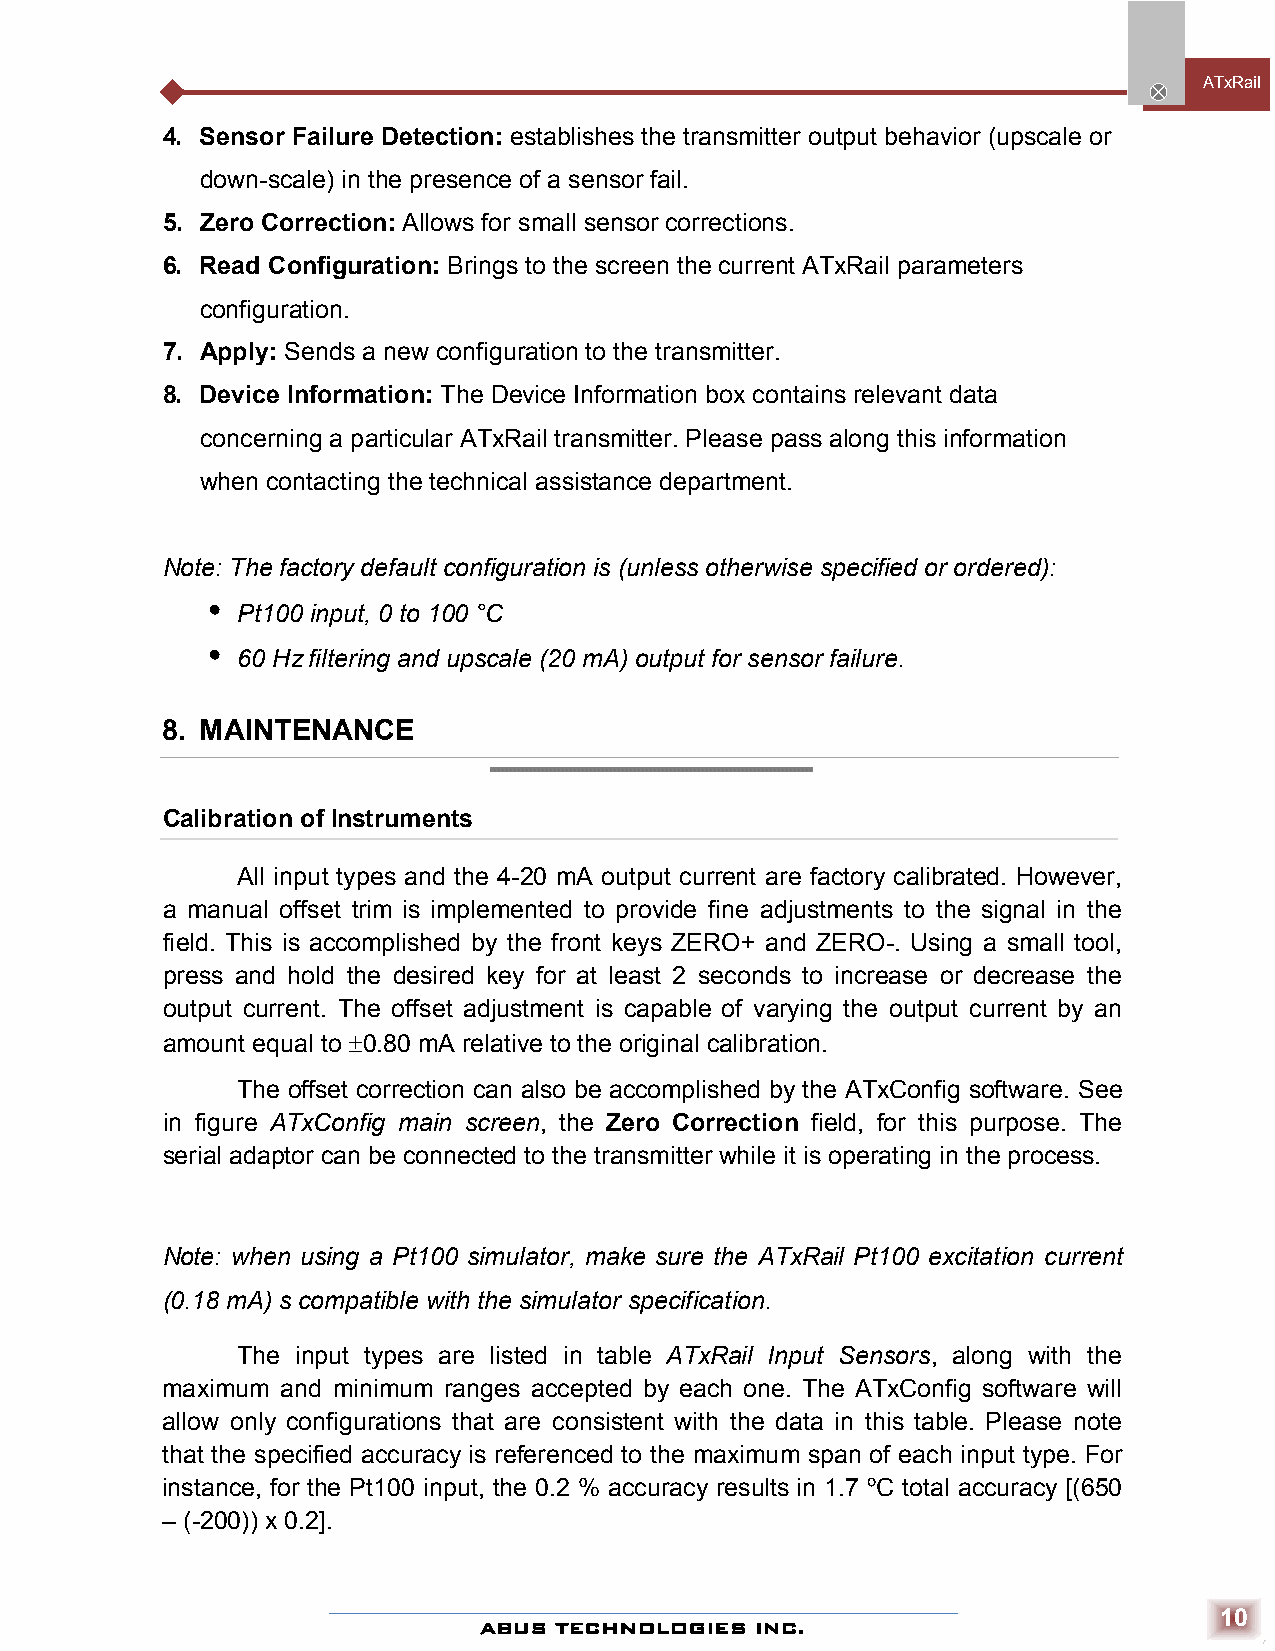
ATxRai l
 4. Sensor Failure Detection: establishes the transmitter output behavior (upscale or
 down-scale) in the presence of a sensor fail.
 5. Zero Correction: Allows for small sensor corrections.
 6. Read Configuration: Brings to the screen the current ATxRail parameters
 configuration.
 7. Apply: Sends a new configuration to the transmitter.
 8. Device Information: The Device Information box contains relevant data
 concerning a particular ATxRail transmitter. Please pass along this information
 when contacting the technical assistance department.
 Note: The factory default configuration is (unless otherwise specified or ordered):
 
 Pt100 input, 0 to 100 °C
 
 60 Hz filtering and upscale (20 mA) output for sensor failure.
 8. MAINTENANCE
 Calibration of Instruments
 All input types and the 4-20 mA output current are factory calibrated. However,
 a manual offset trim is implemented to provide fine adjustments to the signal in the
 field. This is accomplished by the front keys ZERO+ and ZERO-. Using a small tool,
 press and hold the desired key for at least 2 seconds to increase or decrease the
 output current. The offset adjustment is capable of varying the output current by an
 amount equal to 0.80 mA relative to the original calibration.
 The offset correction can also be accomplished by the ATxConfig software. See
 in figure ATxConfig main screen, the Zero Correction field, for this purpose. The
 serial adaptor can be connected to the transmitter while it is operating in the process.
 Note: when using a Pt100 simulator, make sure the ATxRail Pt100 excitation current
 (0.18 mA) s compatible with the simulator specification.
 The input types are listed in table ATxRail Input Sensors, along with the
 maximum and minimum ranges accepted by each one. The ATxConfig software will
 allow only configurations that are consistent with the data in this table. Please note
 that the specified accuracy is referenced to the maximum span of each input type. For
 instance, for the Pt100 input, the 0.2 % accuracy results in 1.7 ºC total accuracy [(650
 – (-200)) x 0.2].
 10
 ABUS TECHNOLOGIES INC.